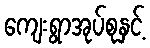
ကျေးရွာအုပ်စုနှင့်